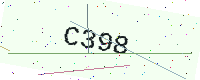
Text: C398